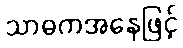
သာဓကအနေဖြင့်